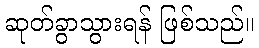
ဆုတ်ခွာသွားရန် ဖြစ်သည်။